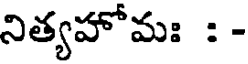
నిత్యహోమః : -